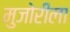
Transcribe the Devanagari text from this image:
मुजोरीला